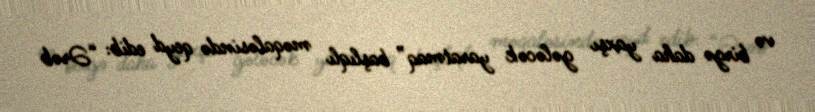
və birgə daha yaxşı gələcək yaratmaq” başlıqlı məqaləsində qeyd edib: “Ərəb